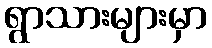
ရွာသားများမှာ